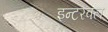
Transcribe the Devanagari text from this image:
इन्टरवल